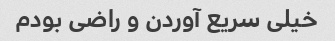
خیلی سریع آوردن و راضی بودم